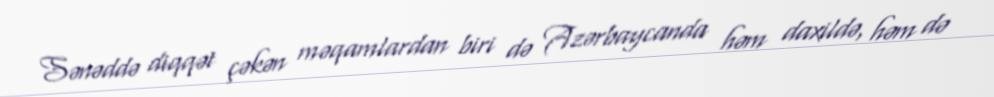
Sənəddə diqqət çəkən məqamlardan biri də Azərbaycanda həm daxildə, həm də